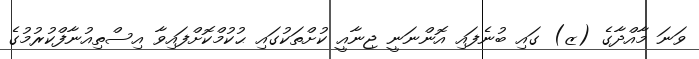
ވަނަ މާއްދާގެ (ޒ) ގައި ބުނެފައި އޮންނަނީ ޖިނާއީ ކުށްތަކުގައި ޙުކުމްކޮށްފައިވާ އިސްތިއުނާފްކުރުމުގެ